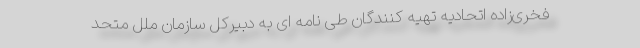
فخری‌زاده اتحادیه تهیه کنندگان طی نامه ای به دبیرکل سازمان ملل متحد